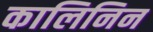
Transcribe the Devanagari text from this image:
कालिनिन